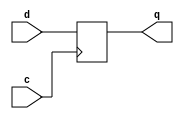
module df64(q,d,c);
output [63:0]q;
 input [63:0]d;
 input c;
 reg [63:0]q;
       

	   always @ (posedge c)
	   begin 
		 q<=d;
	   end
endmodule